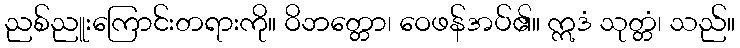
ညစ်ညူးကြောင်းတရားကို။ ဝိဘတ္တော၊ ဝေဖန်အပ်၏။ ဣဒံ သုတ္တံ၊ သည်။